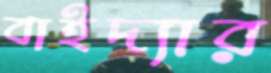
বাইদ্যার